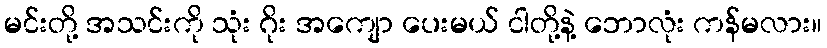
မင်းတို့ အသင်းကို သုံး ဂိုး အကျော ပေးမယ် ငါတို့နဲ့ ဘောလုံး ကန်မလား။